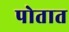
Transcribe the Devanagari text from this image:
पोतात